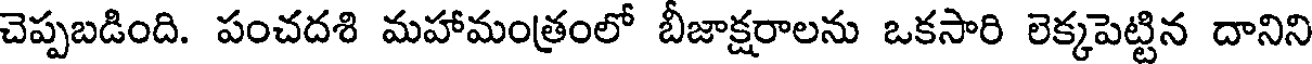
చెప్పబడింది. పంచదశి మహామంత్రంలో బీజాక్షరాలను ఒకసారి లెక్కపెట్టిన దానిని